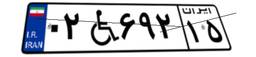
۰۲W۶۹۲۱۵